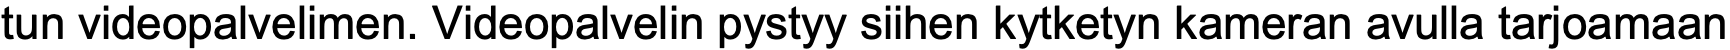
tun videopalvelimen. Videopalvelin pystyy siihen kytketyn kameran avulla tarjoamaan